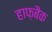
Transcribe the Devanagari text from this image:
हाफ़बैक